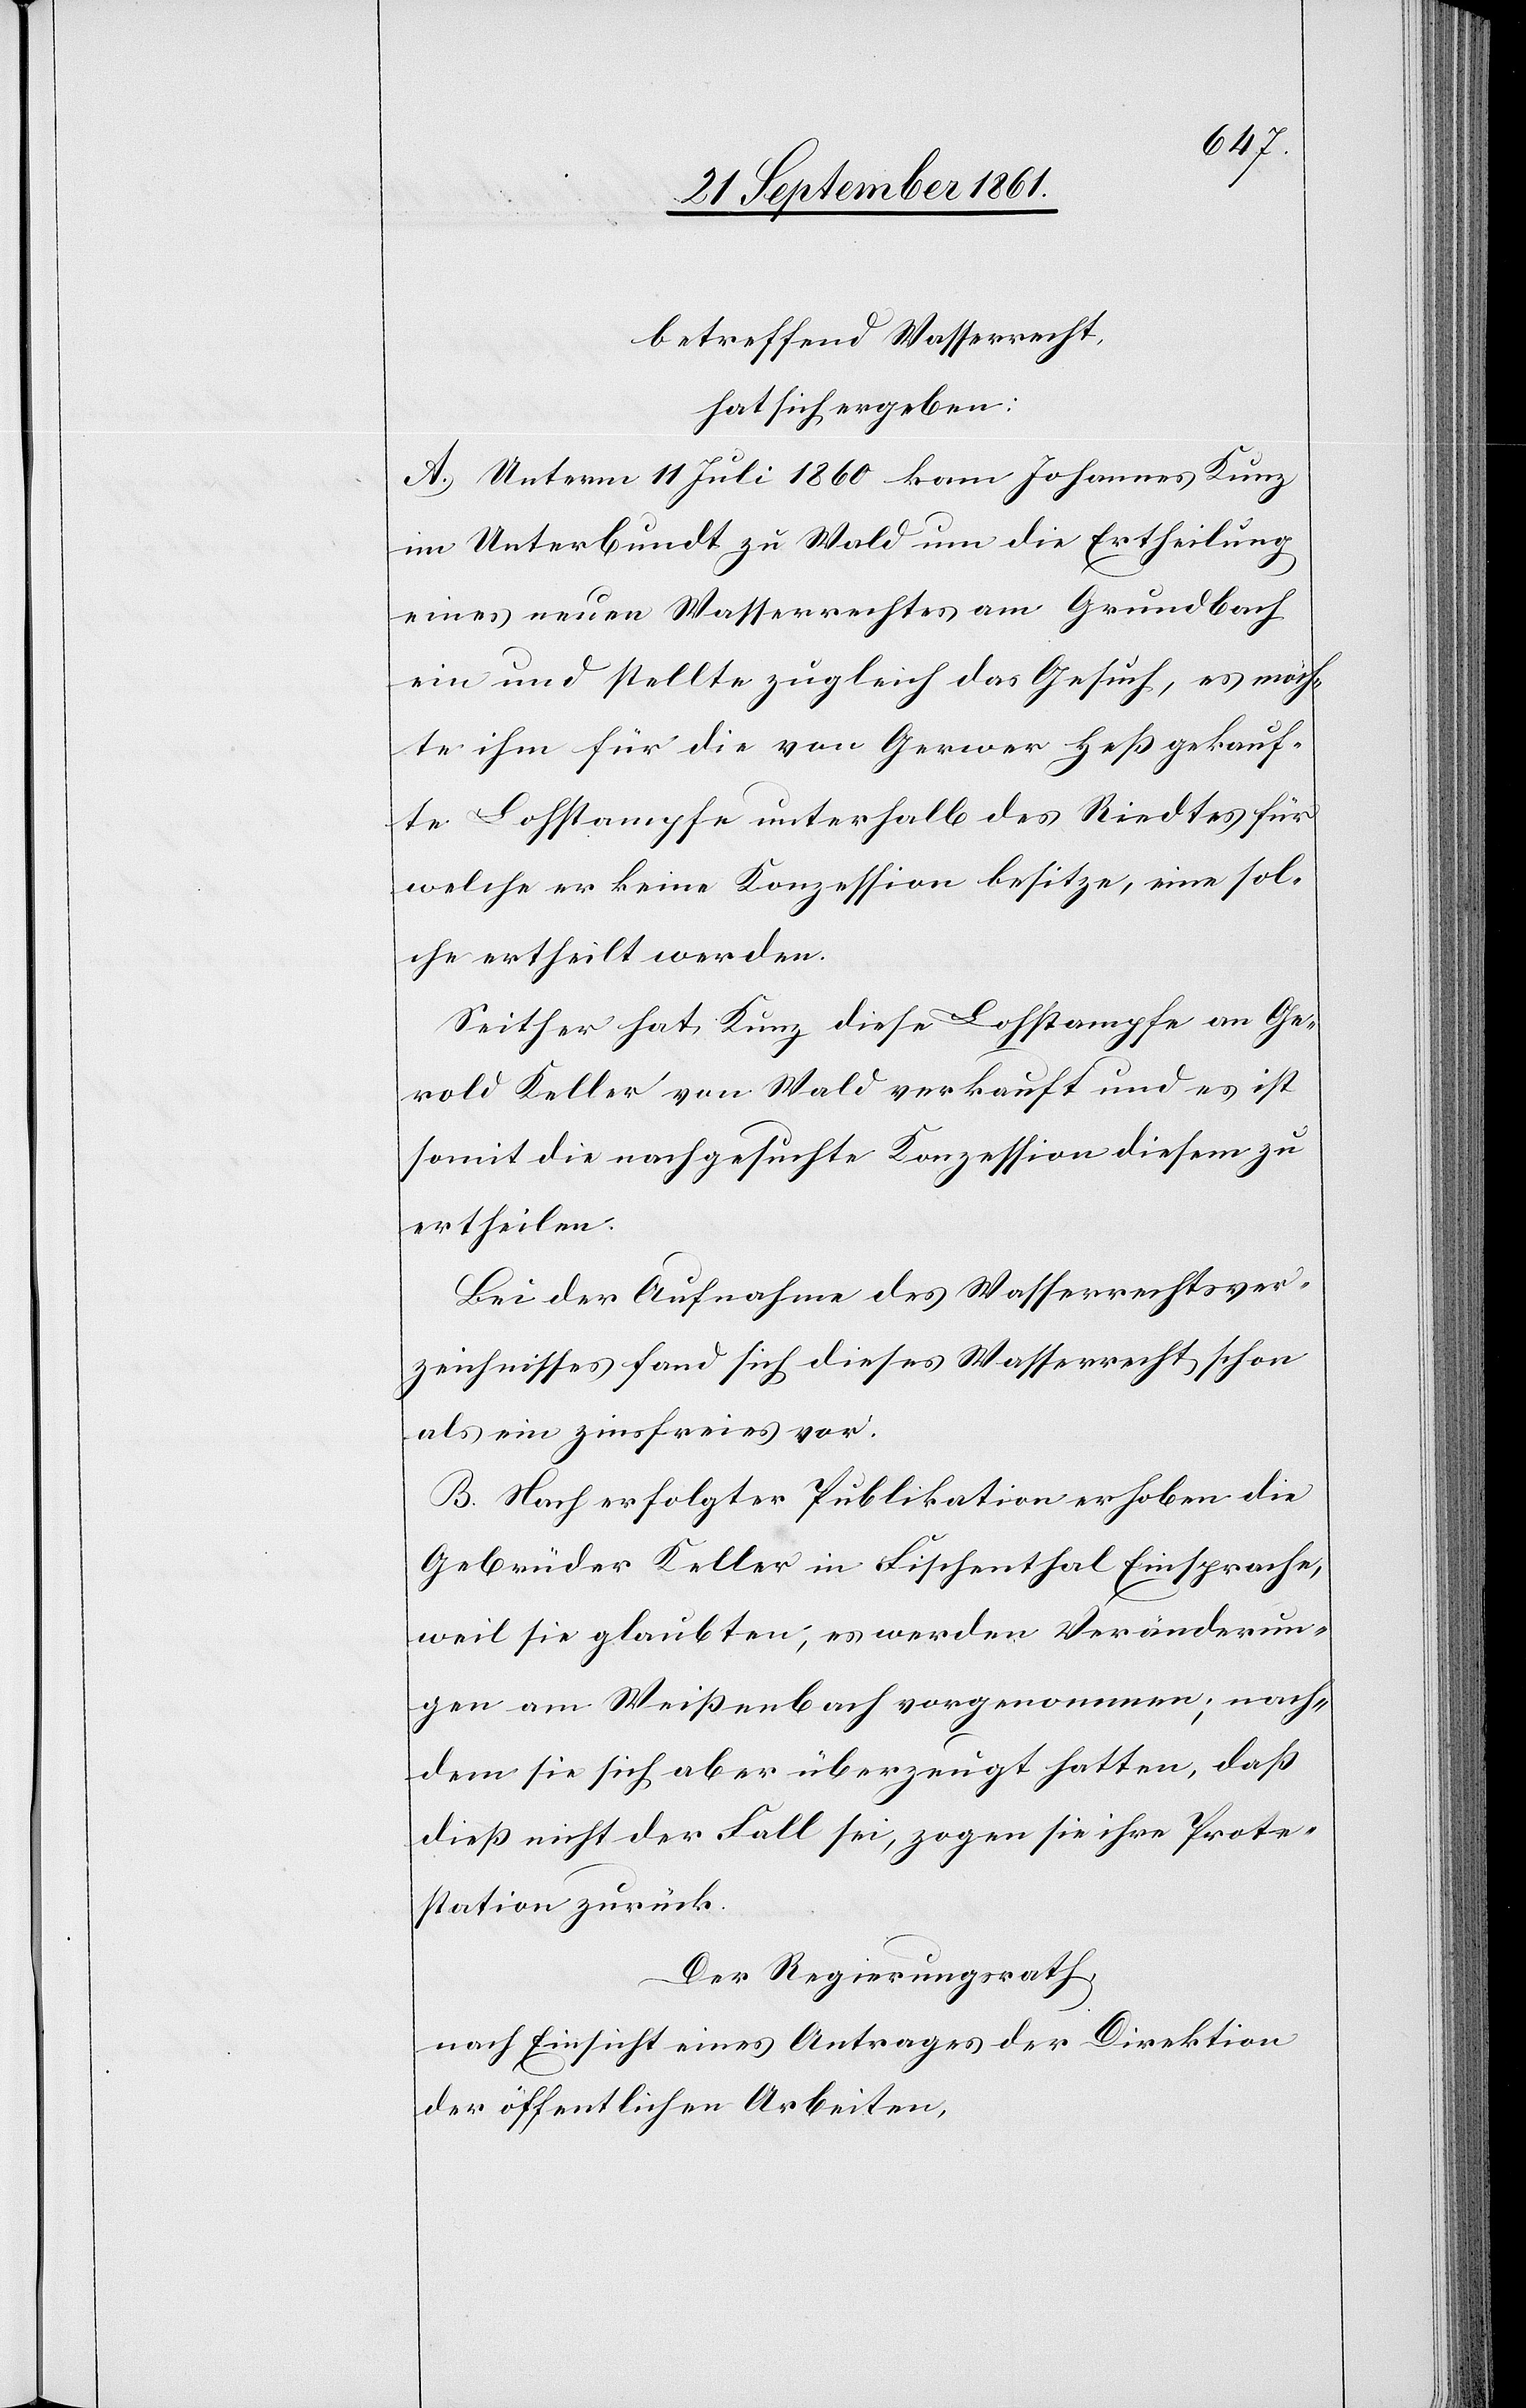
betreffend Wasserrecht,
hat sich ergeben:
A. Unterm 11 Juli 1860 kam Johannes Kunz
im Unterbundt zu Wald um die Ertheilung
eines neuen Wasserrechtes am Grundbach
ein und stellte zugleich das Gesuch, es möch¬
te ihm für die von Gerwer Heß gekauf¬
te Lohstampfe unterhalb des Riedtes für
welche er keine Konzession besitze, eine sol¬
che ertheilt werden.
Seither hat Kunz diese Lohstampfe an Ge¬
rold Keller von Wald verkauft und es ist
somit die nachgesuchte Konzession diesem zu
ertheilen.
Bei der Aufnahme des Wasserrechtsver¬
zeichnisses fand sich dieses Wasserrecht schon
als ein zinsfreies vor.
B. Nach erfolgter Publikation erhoben die
Gebrüder Keller in Fischenthal Einsprache,
weil sie glaubten, es werden Veränderun¬
gen am Weißenbach vorgenommen; nach¬
dem sie sich aber überzeugt hatten, daß
dieß nicht der Fall sei, zogen sie ihre Prote¬
station zurück.
Der Regierungsrath,
nach Einsicht eines Antrages der Direktion
der öffentlichen Arbeiten,